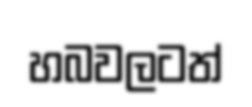
හබවලටත්